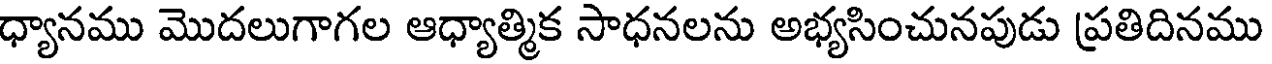
ధ్యానము మొదలుగాగల ఆధ్యాత్మిక సాధనలను అభ్యసించునపుడు ప్రతిదినము